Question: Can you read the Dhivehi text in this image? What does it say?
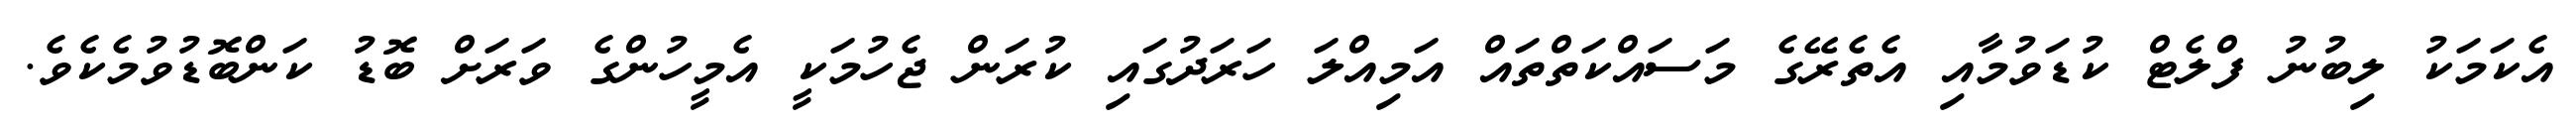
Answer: އެކަމަކު ލިބުނު ފްލެޓް ކުޑަވުމާއި އެތެރޭގެ މަސައްކަތްތައް އަމިއްލަ ހަރަދުގައި ކުރަން ޖެހުމަކީ އެމީހުންގެ ވަރަށް ބޮޑު ކަންބޮޑުވުމެކެވެ.